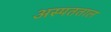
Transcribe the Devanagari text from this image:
अस्पतताल